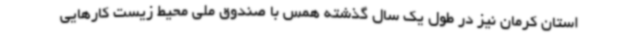
استان کرمان نیز در طول یک سال گذشته همس با صندوق ملی محیط زیست کارهایی